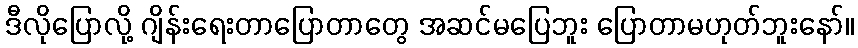
ဒီလိုပြောလို့ ဂျိန်းရေးတာပြောတာတွေ အဆင်မပြေဘူး ပြောတာမဟုတ်ဘူးနော်။